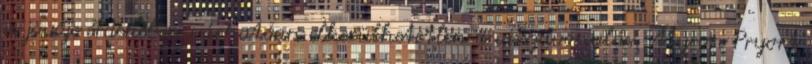
és jövője érdekében várhatóan elkerülhetetlen a visszavonulás. Myron Pryort